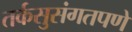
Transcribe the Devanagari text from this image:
तर्कसुसंगतपणे